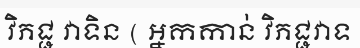
វិភជ្ជ វាទិន ( អ្នកកាន់ វិភជ្ជវាទ